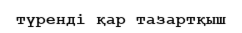
түренді қар тазартқыш